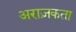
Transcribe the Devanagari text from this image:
अराज़कता